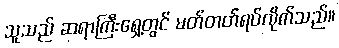
သူသည် ဆရာကြီးရှေ့တွင် မတ်တတ်ရပ်လိုက်သည်။